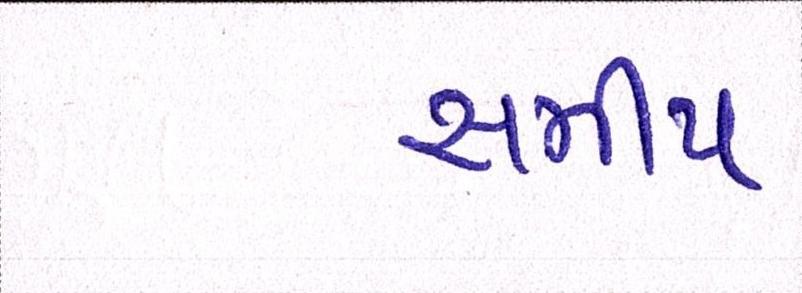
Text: સમીપ